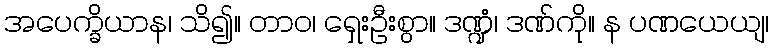
အပေက္ခိယာန၊ သိ၍။ တာဝ၊ ရှေးဦးစွာ။ ဒဏ္ဍံ၊ ဒဏ်ကို။ န ပဏယေယျ၊